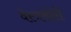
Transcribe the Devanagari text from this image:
वेस्त्रचोरी